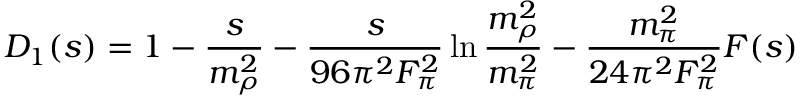
D _ { 1 } ( s ) = 1 - { \frac { s } { m _ { \rho } ^ { 2 } } } - { \frac { s } { 9 6 \pi ^ { 2 } F _ { \pi } ^ { 2 } } } \ln { \frac { m _ { \rho } ^ { 2 } } { m _ { \pi } ^ { 2 } } } - { \frac { m _ { \pi } ^ { 2 } } { 2 4 \pi ^ { 2 } F _ { \pi } ^ { 2 } } } F ( s )